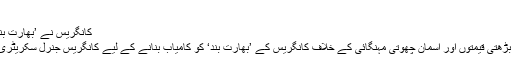
10 Sep 2018, 4:44 PM
کانگریس نے ’بھارت بند‘ کو کامیاب بنانے کے لیے عوام کا شکریہ ادا کیا
ملک میں رسوئی گیس، پٹرول اور ڈیزل کی لگاتار بڑھتی قیمتوں اور آسمان چھوتی مہنگائی کے خلاف کانگریس کے ’بھارت بند‘ کو کامیاب بنانے کے لیے کانگریس جنرل سکریٹری اشوک گہلوت نے ملک کے عوام کا شکریہ ادا کیا۔